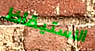
الاستيقاظ